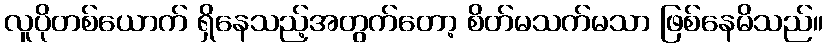
လူပိုတစ်ယောက် ရှိနေသည့်အတွက်တော့ စိတ်မသက်မသာ ဖြစ်နေမိသည်။